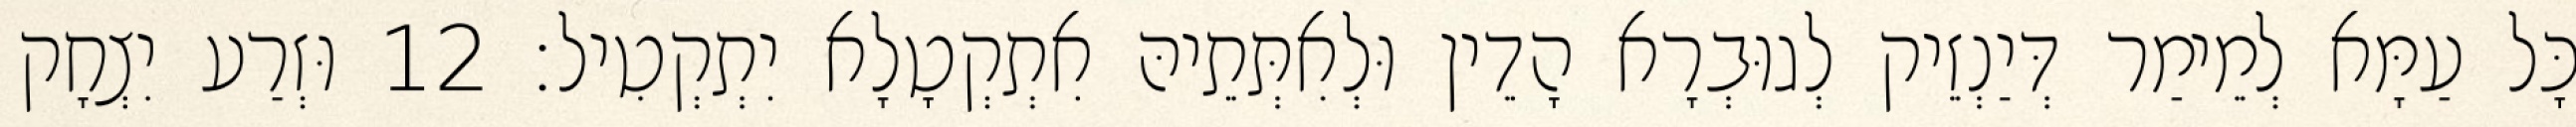
כָּל עַמָּא לְמֵימַר דְּיַנְזֵיק לְגוּבְרָא הָדֵין וּלְאִתְּתֵיהּ אִתְקְטָלָא יִתְקְטִיל׃ 12 וּזְרַע יִצְחָק